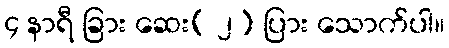
၄ နာရီ ခြား ဆေး( ၂) ပြား သောက်ပါ။